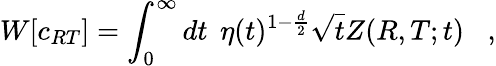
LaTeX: W[c_{RT}]=\int_{0}^{\infty}dt\; \, \eta(t)^{1-{\frac{d}{2}}}\sqrt{t}Z(R,T;t)\; \; \; ,